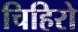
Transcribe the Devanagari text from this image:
चिहिरो